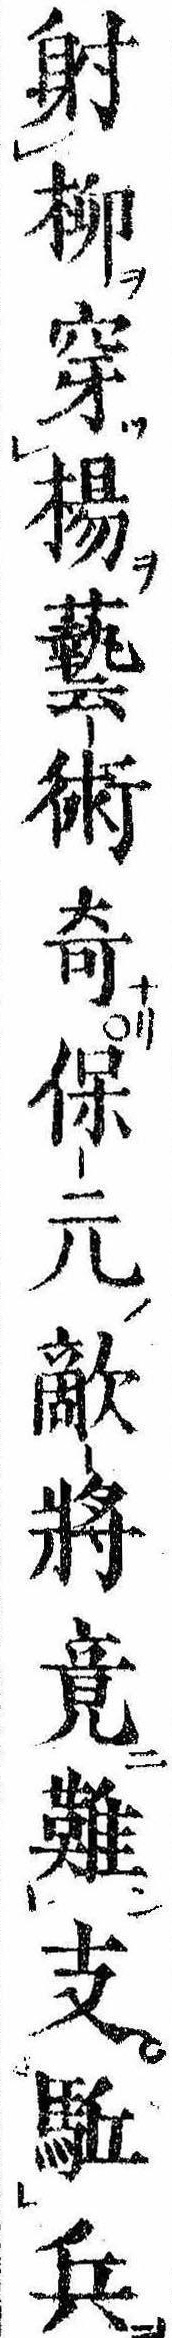
射柳穿楊芸術奇保元敵将竟難支駆兵